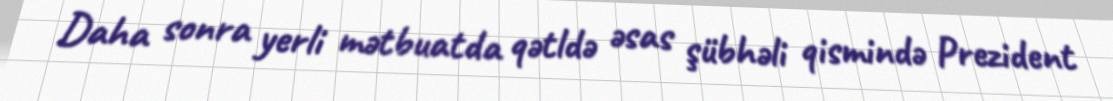
Daha sonra yerli mətbuatda qətldə əsas şübhəli qismində Prezident